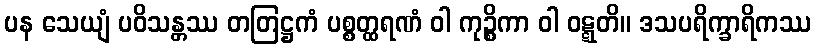
ပန သေယျံ ပဝိသန္တဿ တတြဋ္ဌကံ ပစ္စတ္ထရဏံ ဝါ ကုဉ္စိကာ ဝါ ဝဋ္ဋတိ။ ဒသပရိက္ခာရိကဿ